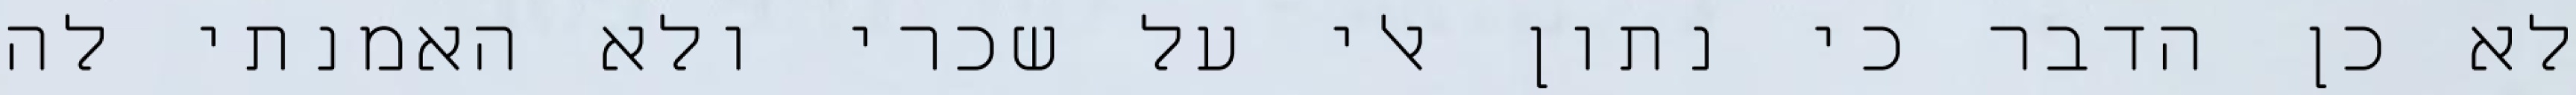
לא כן הדבר כי נתון אלי על שכרי ולא האמנתי לה